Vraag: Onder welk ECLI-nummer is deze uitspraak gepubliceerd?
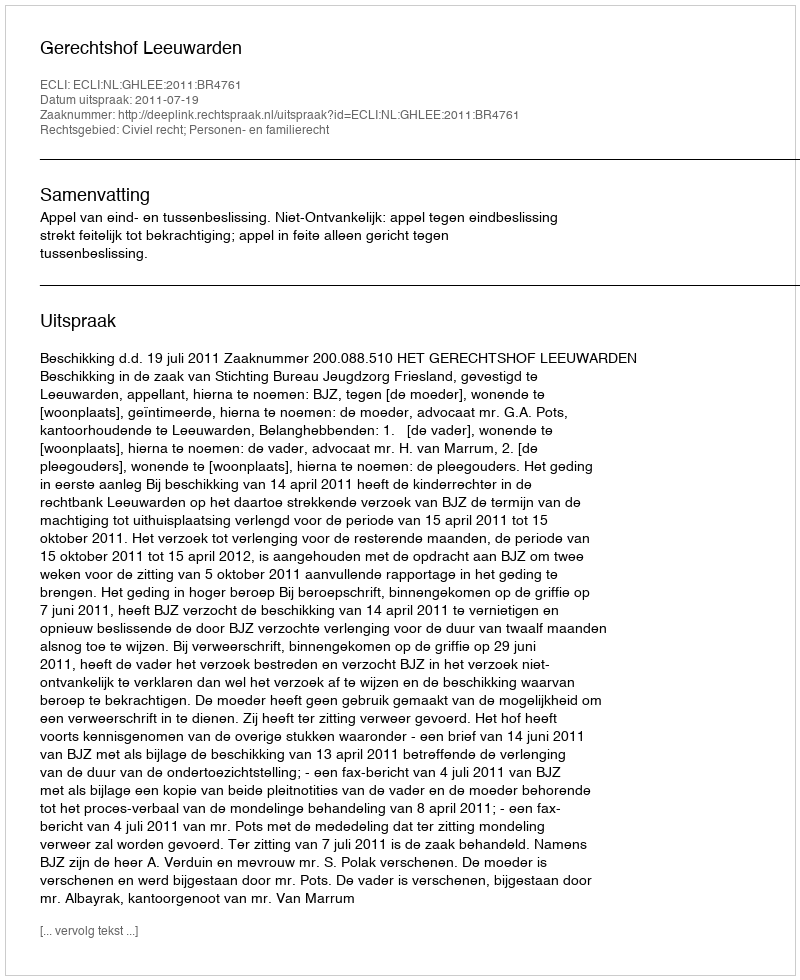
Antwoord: ECLI:NL:GHLEE:2011:BR4761